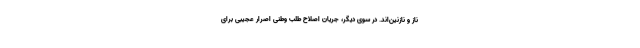
ناز و نازنین‌اند. در سوی دیگر، جریان اصلاح طلب وطنی اصرار عجیبی برای